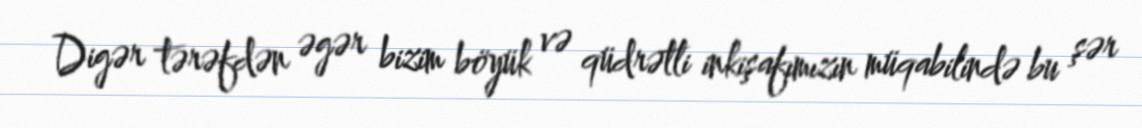
Digər tərəfdən əgər bizim böyük və qüdrətli inkişafımızın müqabilində bu şər